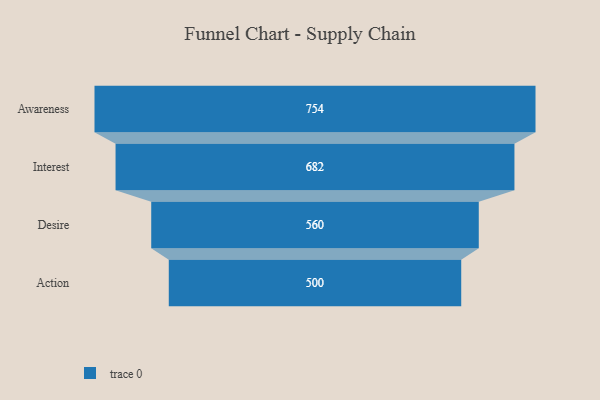
{"axis": {"x": "Stage", "y": "Value"}, "legend": [""], "data": [{"x": "Awareness", "y": 754.0, "type": ""}, {"x": "Interest", "y": 682.0, "type": ""}, {"x": "Desire", "y": 560.0, "type": ""}, {"x": "Action", "y": 500, "type": ""}]}